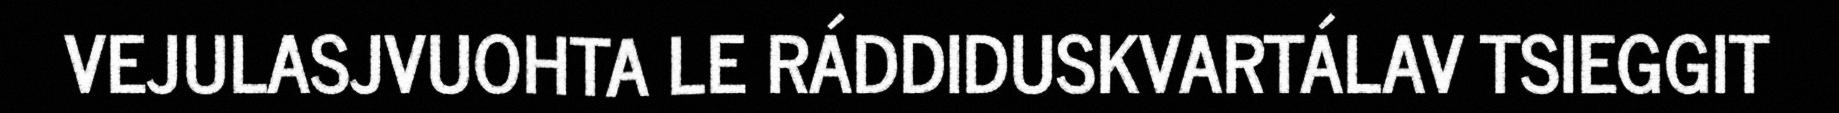
VEJULASJVUOHTA LE RÁDDIDUSKVARTÁLAV TSIEGGIT